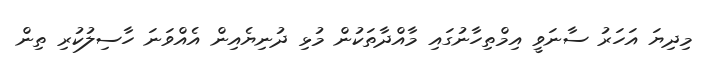
މިދިޔަ އަހަރު ސާނަވީ އިމްތިހާނުގައި މާއްދާތަކުން މުޅި ދުނިޔެއިން އެއްވަނަ ހާސިލުކުރި ތިން